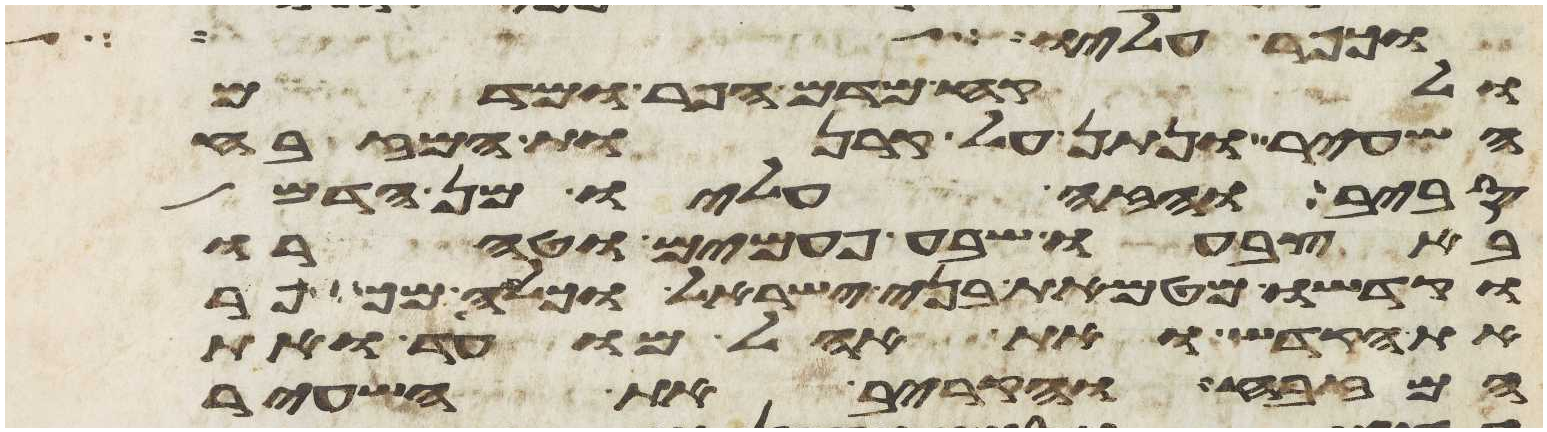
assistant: וכפר עליו
ולקח מדם הפר ומדם
השעיר ונתן על קרנות המזבח
סביב והזה עליו מן הדם
באצבעו שבע פעמים וטהרו
וקדשו מטמאת בני ישראל וכלה מכפר
את הקדש ואת אהל מועד ואת
המזבח והקריב את השעיר